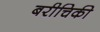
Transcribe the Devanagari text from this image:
बरीचिकी